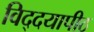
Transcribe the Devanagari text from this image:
विद्दयापीठ